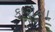
કારોના